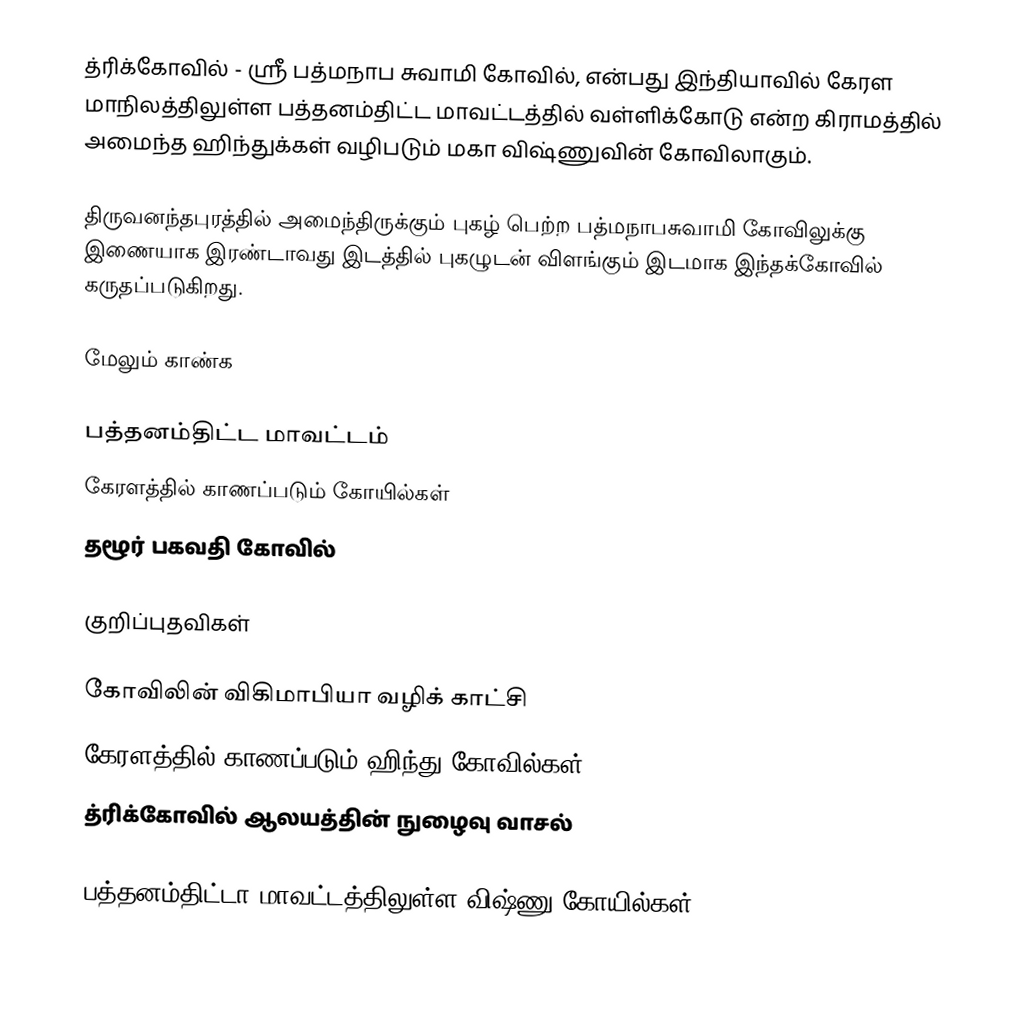
த்ரிக்கோவில் - ஸ்ரீ பத்மநாப சுவாமி கோவில், என்பது இந்தியாவில் கேரள மாநிலத்திலுள்ள பத்தனம்திட்ட மாவட்டத்தில் வள்ளிக்கோடு என்ற கிராமத்தில் அமைந்த ஹிந்துக்கள் வழிபடும் மகா விஷ்ணுவின் கோவிலாகும்.

திருவனந்தபுரத்தில் அமைந்திருக்கும் புகழ் பெற்ற பத்மநாபசுவாமி கோவிலுக்கு இணையாக இரண்டாவது இடத்தில் புகழுடன் விளங்கும் இடமாக இந்தக்கோவில் கருதப்படுகிறது.

மேலும் காண்க

 பத்தனம்திட்ட மாவட்டம்
 கேரளத்தில் காணப்படும் கோயில்கள்
 தழூர் பகவதி கோவில்

குறிப்புதவிகள்

 கோவிலின் விகிமாபியா வழிக் காட்சி
 கேரளத்தில் காணப்படும் ஹிந்து கோவில்கள்
 த்ரிக்கோவில் ஆலயத்தின் நுழைவு வாசல்

பத்தனம்திட்டா மாவட்டத்திலுள்ள விஷ்ணு கோயில்கள்